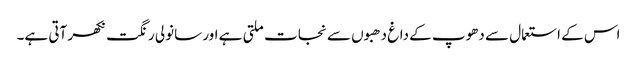
اس کے استعمال سے دھوپ کے داغ دھبوں سے نجات ملتی ہے اور سانولی رنگت نکھر آتی ہے۔